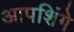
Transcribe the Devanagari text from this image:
आपशिंगे